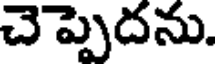
చెప్పెదను.